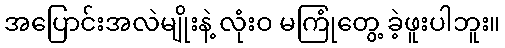
အပြောင်းအလဲမျိုးနဲ့ လုံးဝ မကြုံတွေ့ ခဲ့ဖူးပါဘူး။